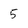
Character: 5